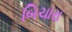
બિચારા